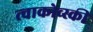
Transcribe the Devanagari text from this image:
त्चाकोव्स्की